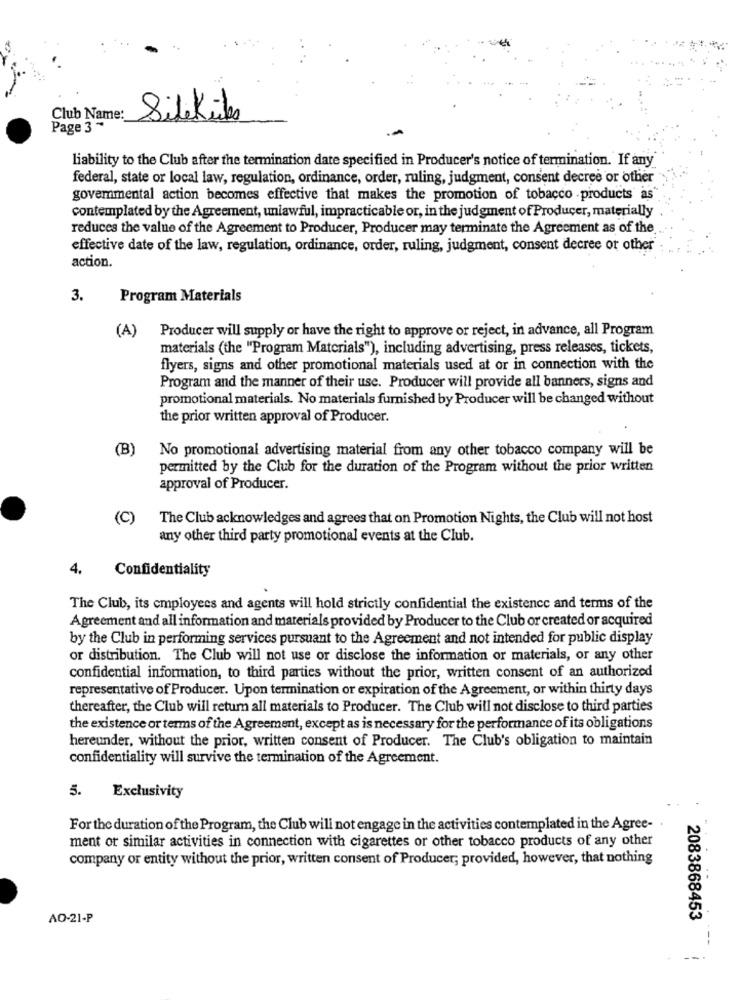
Club Name:
SiteKita
Page 3 -
liability to the Club after the termination date specified in Producer's notice of termination. If any
federal, state or local law, regulation, ordinance, order, ruling, judgment, consent decree or other
govemmental action becomes effective that makes the promotion of tobacco products as
contemplated by the Agreement, unlawful, impracticable or, in the judgment of Producer, materially
reduces the value of the Agreement to Producer, Producer may terminate the Agreement as of the
effective date of the law, regulation, ordinance, order, ruling, judgment, consent decree or other"
action.
3.
Program Materials
(A)
Producer will supply or have the right to approve or reject, in advance, all Program
materials (the "Program Materials"), including advertising, press releases, tickets,
flyers, signs and other promotional materials used at or in connection with the
Program and the manner of their use. Producer will provide all banners, signs and
promotional materials. No materials furnished by Producer will be changed without
the prior written approval of Producer.
(B)
No promotional advertising material from any other tobacco company will be
permitted by the Club for the duration of the Program without the prior written
approval of Producer.
(C)
The Club acknowledges and agrees that on Promotion Nights, the Club will not host
any other third party promotional events at the Club.
4.
Confidentiality
The Club, its employees and agents will hold strictly confidential the existence and terms of the
Agreement and all information and materials provided by Producer to the Club or created or acquired
by the Club in performing services pursuant to the Agreement and not intended for public display
or distribution. The Club will not use or disclose the information or materials, or any other
confidential information, to third parties without the prior, written consent of an authorized
representative of Producer. Upon termination or expiration of the Agreement, or within thirty days
thereafter, the Club will return all materials to Producer. The Club will not disclose to third parties
the existence or terms of the Agreement, except as is necessary for the performance of its obligations
hereunder, without the prior, written consent of Producer. The Club's obligation to maintain
confidentiality will survive the termination of the Agreement.
5.
Exclusivity
For the duration of the Program, the Club will not engage in the activities contemplated in the Agree- .
ment or similar activities in connection with cigarettes or other tobacco products of any other
company or entity without the prior, written consent of Producer; provided, however, that nothing
AO-21-P
2083868453
--